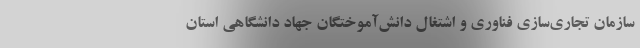
سازمان تجاری‌سازی فناوری و اشتغال دانش‌آموختگان جهاد دانشگاهی استان